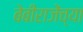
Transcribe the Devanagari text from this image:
बेबीराजेंच्या